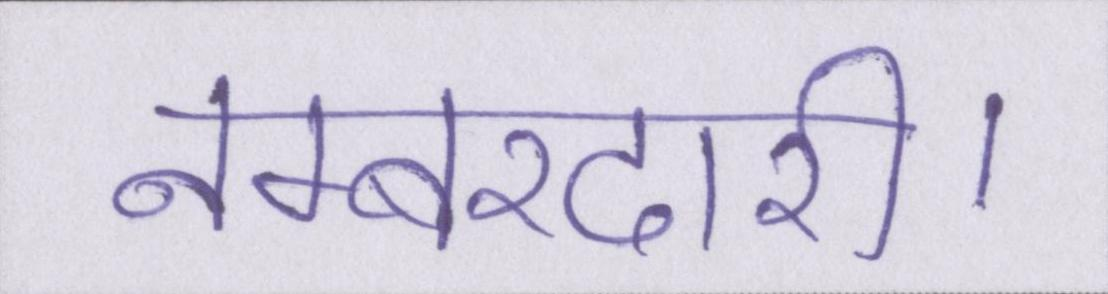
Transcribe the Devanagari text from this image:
नम्बरदारी।